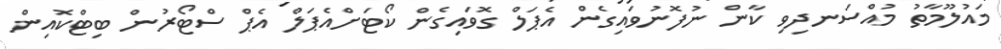
މައުލޫމާތު މުއްސަނދިވި ކާން ނުފޮނުވައިގެން އެޕަލް ގޮވައިގެން ކޯޓަށްއެޕަލް އެޕް ސްޓޯރުން ބިޓްކޮއިން